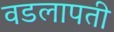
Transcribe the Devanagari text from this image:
वडलापती